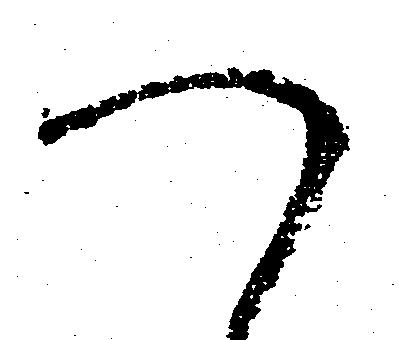
つ